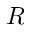
R